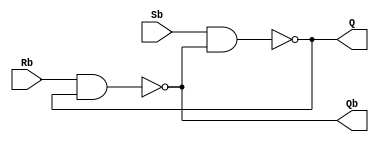
module Lab3_SbRb_Latch_gatelevel(input Sb, Rb, output Q, Qb);
	
	nand #(5) (Q, Sb, Qb);
	nand #(5) (Qb, Rb, Q);
	
endmodule